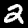
Label: 2